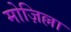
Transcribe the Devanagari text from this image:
मोज़िल्ला